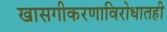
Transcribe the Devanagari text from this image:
खासगीकरणाविरोधातही